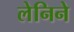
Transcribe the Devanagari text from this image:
लेनिने